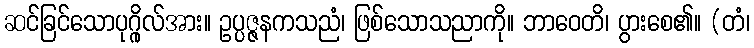
ဆင်ခြင်သောပုဂ္ဂိုလ်အား။ ဥပ္ပဇ္ဇနကသညံ၊ ဖြစ်သောသညာကို။ ဘာဝေတိ၊ ပွားစေ၏။ (တံ၊